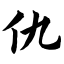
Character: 仇